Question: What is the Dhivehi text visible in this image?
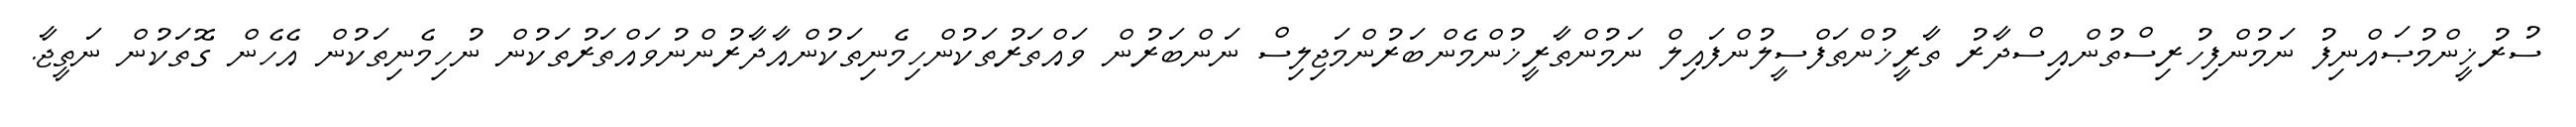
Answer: ސުރުޚީންމުޞައްނިފު ނަމުންފިހުރިސްތުންއިސްދާރު ތާރީޚުންތަފްސީލުންފައިލް ނަމުންތާރީޚުންމެންބަރުންމަޖިލިސް ނަންބަރުން ވައްތަރުތަކުންހިމެނިތަކުންއާދާރުންނުވައްތަރުތަކުން ނުހިމެނިތަކުން އެހެން ގޮތަކުން ނަތީޖާ.